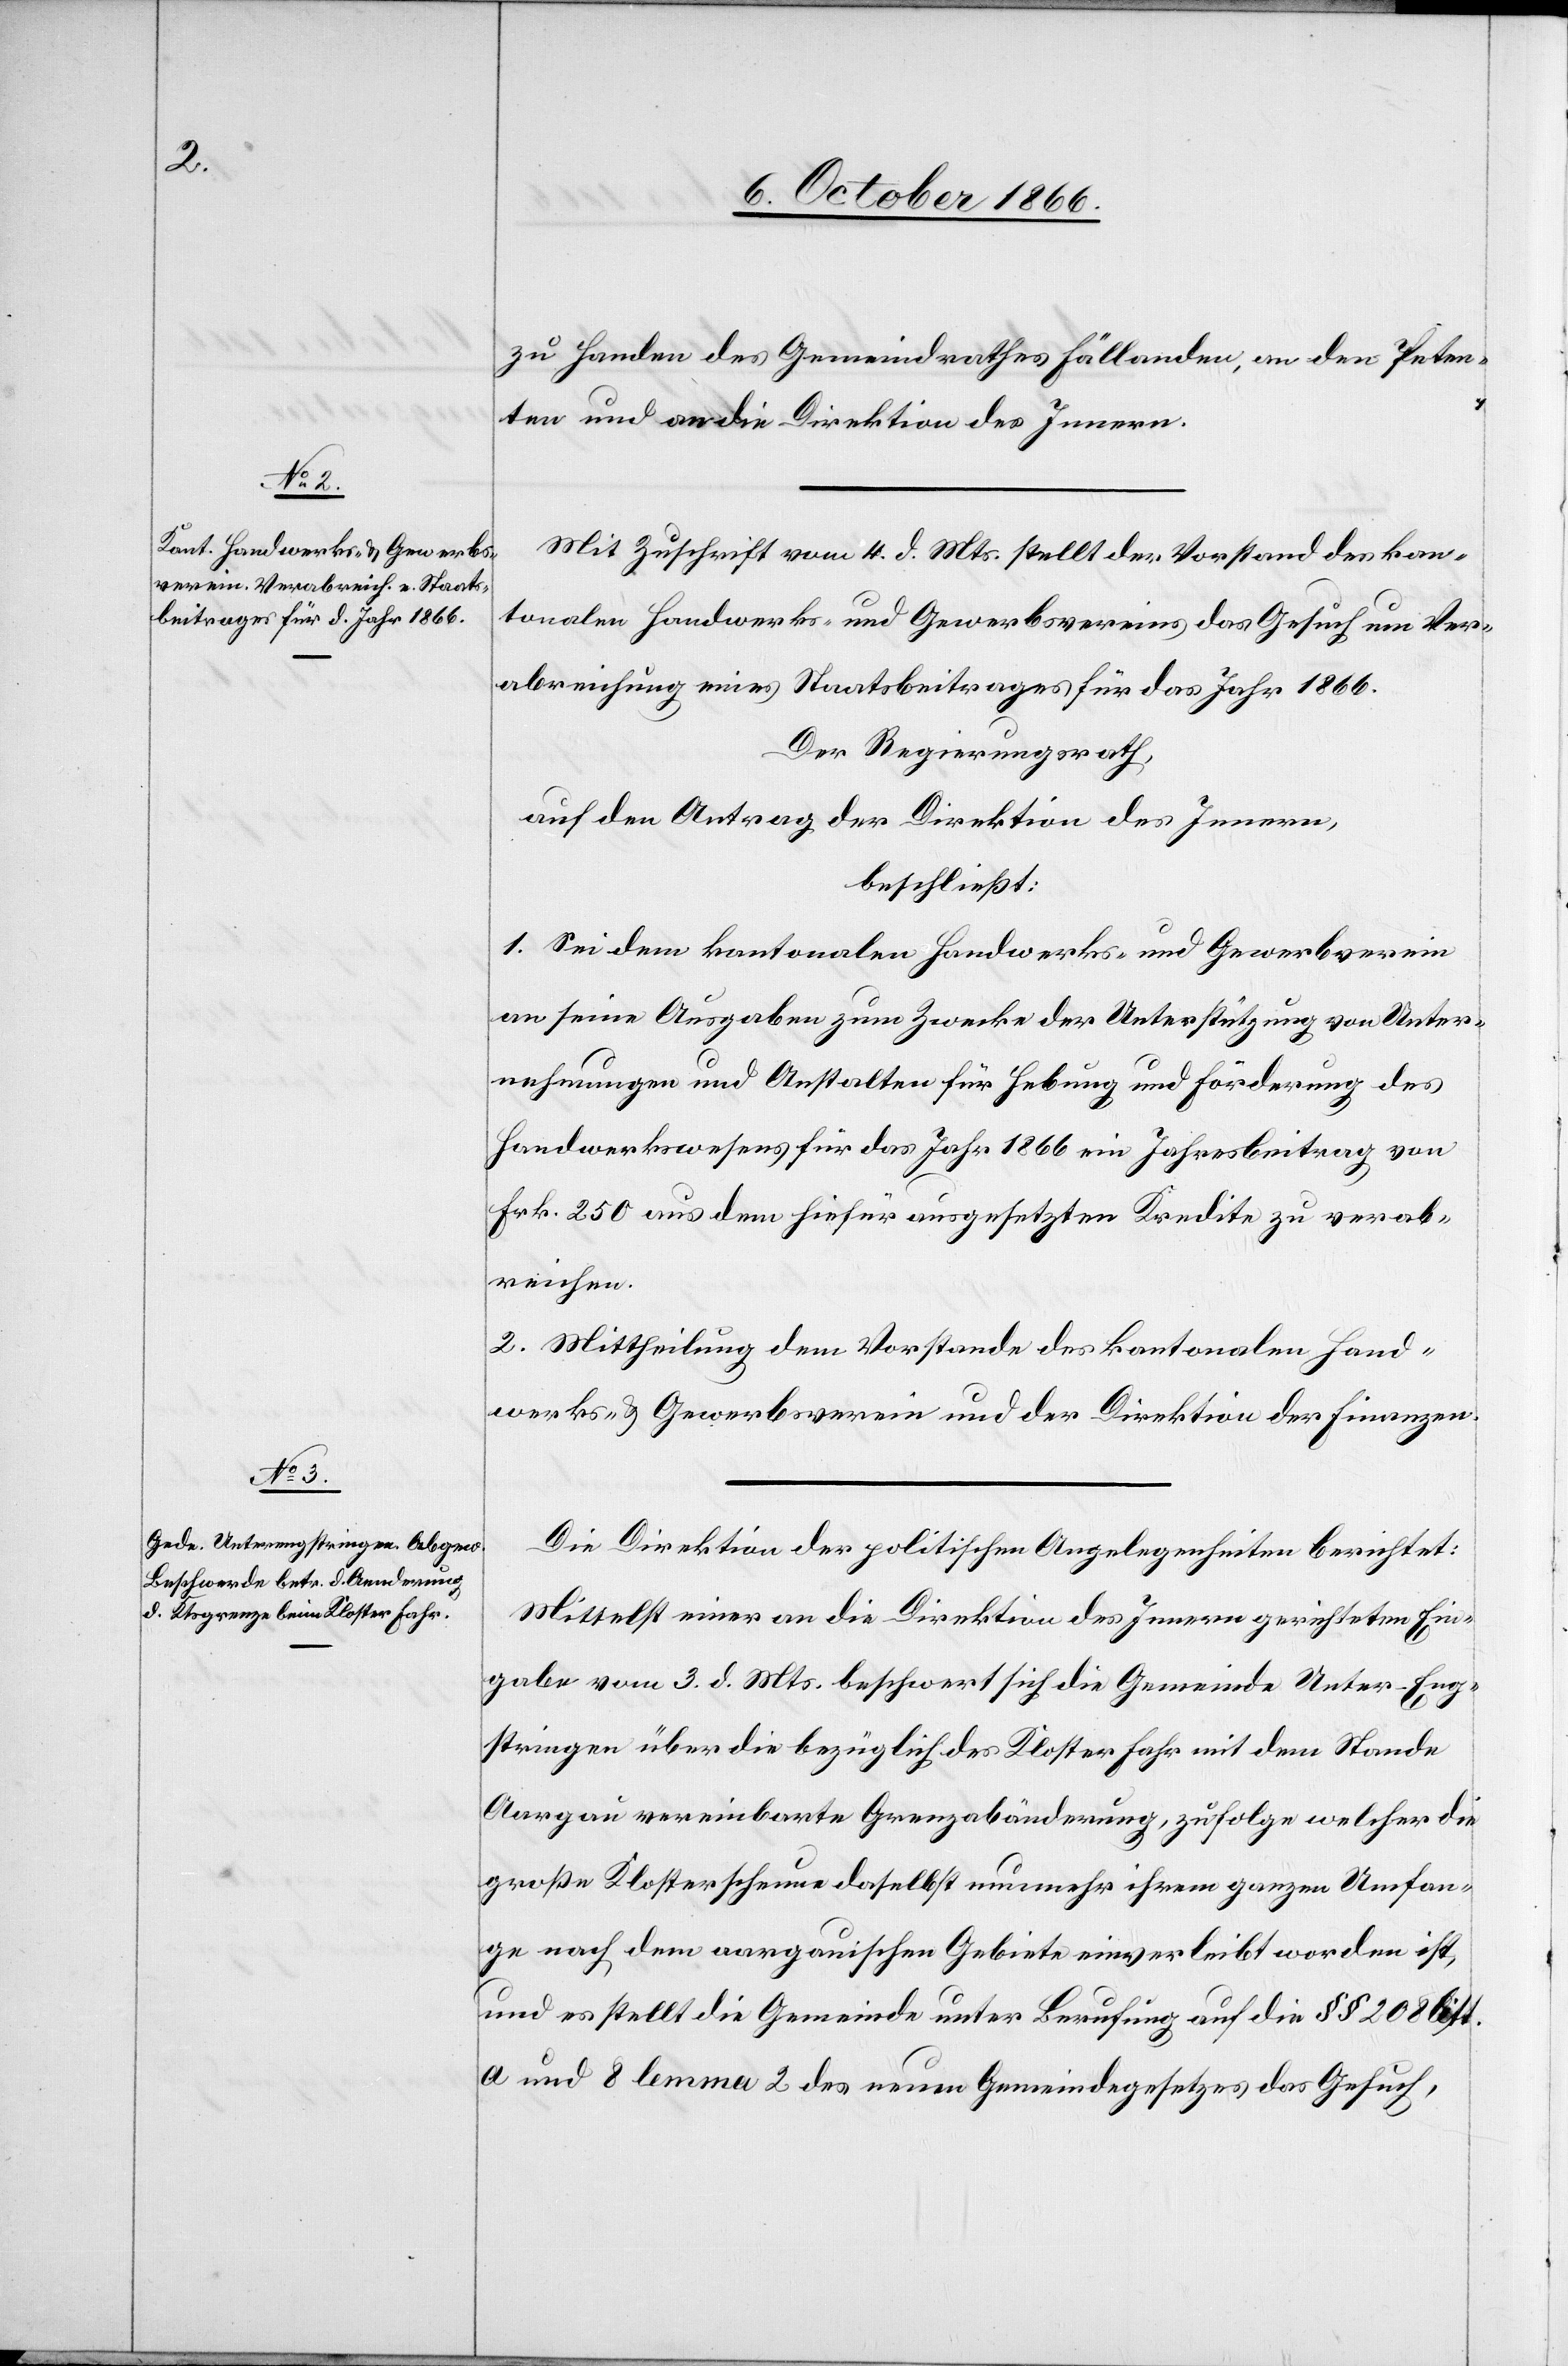
zu Handen des Gemeindrathes Fällanden, an den Peten¬
ten und an die Direktion des Innern.
Mit Zuschrift vom 4. d. Mts. stellt der Vorstand des kan¬
tonalen Handwerks- und Gewerbsvereins das Gesuch um Ver¬
abreichung eines Staatsbeitrages für das Jahr 1866.
Der Regierungsrath,
auf den Antrag der Direktion des Innern,
beschließt:
1. Sei dem kantonalen Handwerks- und Gewerbsverein
an seine Ausgaben zum Zwecke der Unterstützung von Unter¬
nehmungen und Anstalten für Hebung und Förderung des
Handwerkswesens für das Jahr 1866 ein Jahresbeitrag von
Frk. 250 aus dem hiefür ausgesetzten Kredite zu verab¬
reichen.
2. Mittheilung dem Vorstande des kantonalen Hand¬
werks- & Gewerbsverein und der Direktion der Finanzen.
Die Direktion der politischen Angelegenheiten berichtet:
Mittelst einer an die Direktion des Innern gerichteten Ein¬
gabe vom 3. d. Mts. beschwert sich die Gemeinde Unter-Eng¬
stringen über die bezüglich des Kloster Fahr mit dem Stande
Aargau vereinbarte Grenzabänderung, zufolge welcher die
große Klosterscheune daselbst nunmehr ihrem ganzen Umfan¬
ge nach dem aargauischen Gebiete einverleibt worden ist,
und es stellt die Gemeinde unter Berufung auf die § § 208 litt.
a und 8 lemma 2 des neuen Gemeindegesetzes das Gesuch,